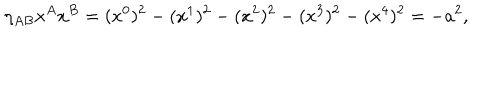
LaTeX: \eta _ { A B } x ^ { A } x ^ { B } = ( x ^ { 0 } ) ^ { 2 } - ( x ^ { 1 } ) ^ { 2 } - ( x ^ { 2 } ) ^ { 2 } - ( x ^ { 3 } ) ^ { 2 } - ( x ^ { 4 } ) ^ { 2 } = - a ^ { 2 } ,